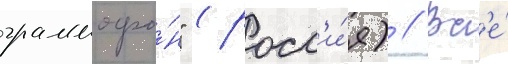
граммофо́н" (росс'и́я) // Вс'е́